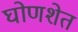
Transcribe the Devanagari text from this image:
घोणशेत